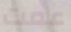
عمت